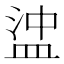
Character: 𥁵